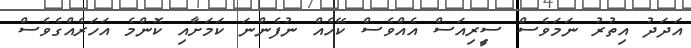
އަދަދު އިތުރު ނަމަވެސް ސީިރިއަސް އެއްވެސް ކޭހެއް ނުފެންނަ ކަމަށާއި ކޮންމެ އަހަރެއްގެވެސް